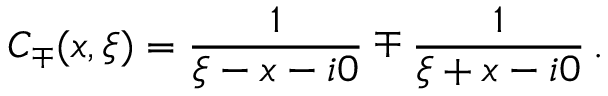
C _ { \mp } ( x , \xi ) = \frac { 1 } { \xi - x - i 0 } \mp \frac { 1 } { \xi + x - i 0 } \, .